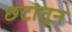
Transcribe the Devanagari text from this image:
छटांतून